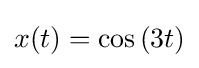
x(t)=\cos {(3t)}